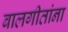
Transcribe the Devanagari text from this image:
बालगीतांना